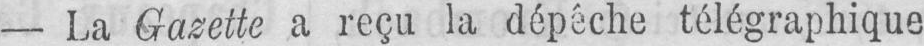
- La Gazette a reçu la dépêche télégraphique